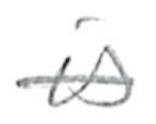
Text: is
Cross-out: single-line
Writing tool: pencil